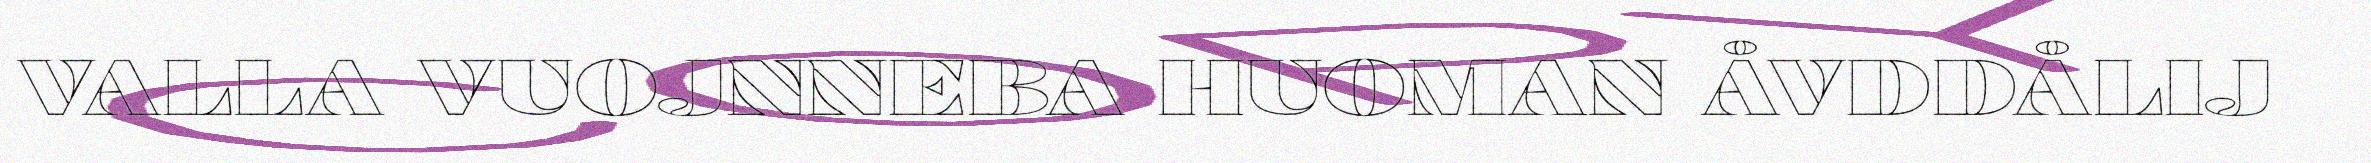
VALLA VUOJNNEBA HUOMAN ÅVDDÅLIJ